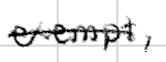
Text: exempt,
Cross-out: single-line
Writing tool: digital_black